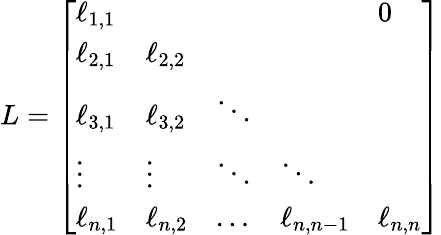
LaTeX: L={\left[\begin{array}{lllll}{\ell_{1,1}}&{}&{}&{}&{0}\\ {\ell_{2,1}}&{\ell_{2,2}}&{}&{}&{}\\ {\ell_{3,1}}&{\ell_{3,2}}&{\ddots}&{}&{}\\ {\vdots}&{\vdots}&{\ddots}&{\ddots}&{}\\ {\ell_{n,1}}&{\ell_{n,2}}&{\ldots}&{\ell_{n,n-1}}&{\ell_{n,n}}\end{array}\right]}